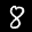
Label: 8